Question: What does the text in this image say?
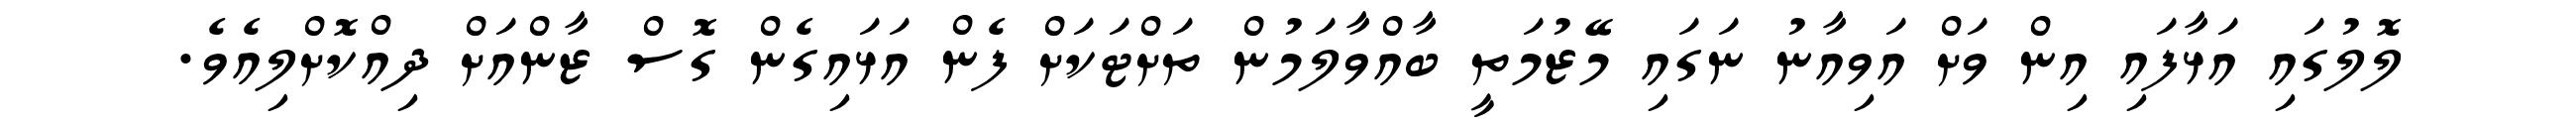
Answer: ލޮލުގައި އަޅާފައި އިން ވަށް އަވިއާނު ނަގައި މޭޒުމަތީ ބާއްވާލަމުން ތަށްޓަކަށް ފެން އަޅައިގެން ގޮސް ޒާންއަށް ދިއްކޮށްލިއެވެ.